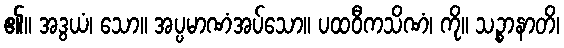
၏။ အဒွယံ၊ သော။ အပ္ပမာဏံအပ်သော။ ပထဝီကသိဏံ၊ ကို။ သဉ္စာနာတိ၊